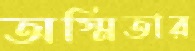
অস্মিতার